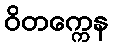
ဝိတက္ကေန